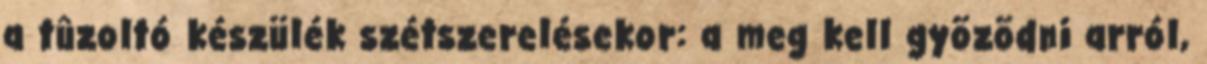
a tûzoltó készülék szétszerelésekor: a meg kell gyõzõdni arról,